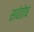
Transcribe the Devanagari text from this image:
सर्वतोष